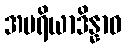
အပရိယာဒိန္နာဝ